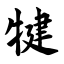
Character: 犍